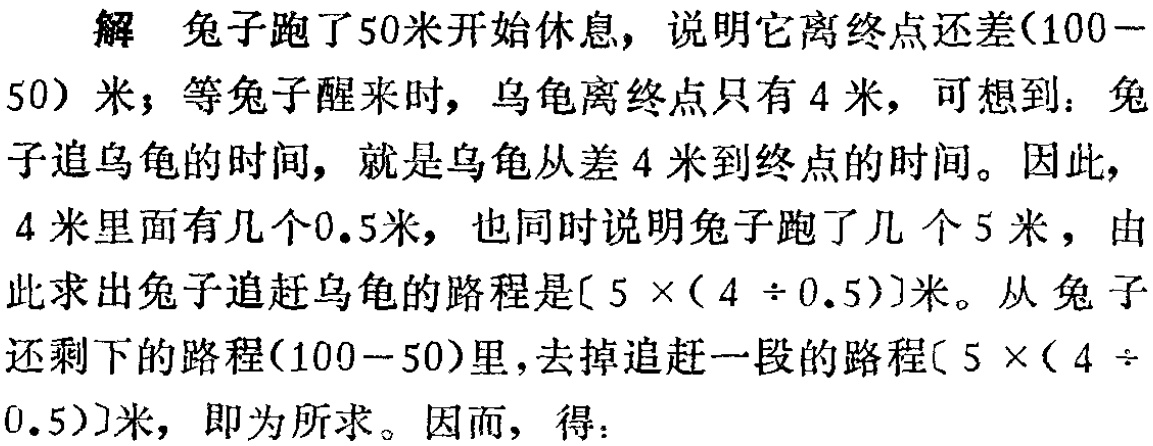
解 兔子跑了50米开始休息，说明它离终点还差(100 -
50) 米；等兔子醒来时，乌龟离终点只有4米，可想到：兔
子追乌龟的时间，就是乌龟从差4米到终点的时间。因此，
4米里面有几个0.5米，也同时说明兔子跑了几个5米，由
此求出兔子追赶乌龟的路程是$[5\times(4\div0.5)]$米。从兔子
还剩下的路程(100 - 50)里，去掉追赶一段的路程$[5\times(4\div$
0.5)]米，即为所求。因而，得：